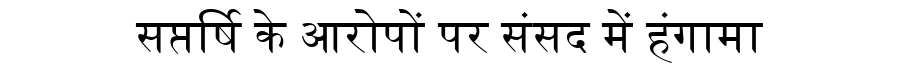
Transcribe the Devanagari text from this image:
सप्तर्षि के आरोपों पर संसद में हंगामा